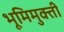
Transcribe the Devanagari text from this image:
भूमिमुक्ती